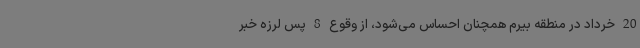
20 خرداد در منطقه بیرم همچنان احساس می‌شود، از وقوع 8 پس لرزه خبر